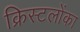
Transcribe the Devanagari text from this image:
क्रिस्टलोंका